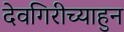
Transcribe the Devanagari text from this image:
देवगिरीच्याहुन